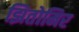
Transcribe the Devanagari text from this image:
झितोमिर